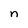
Character: n